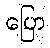
ပြော